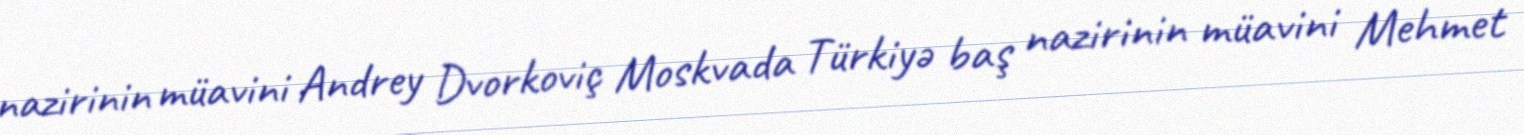
nazirinin müavini Andrey Dvorkoviç Moskvada Türkiyə baş nazirinin müavini Mehmet